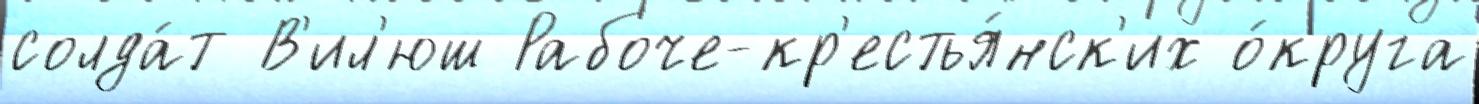
солда́т В'ил'юш Рабоче-кр'естья́нск'их о́круга